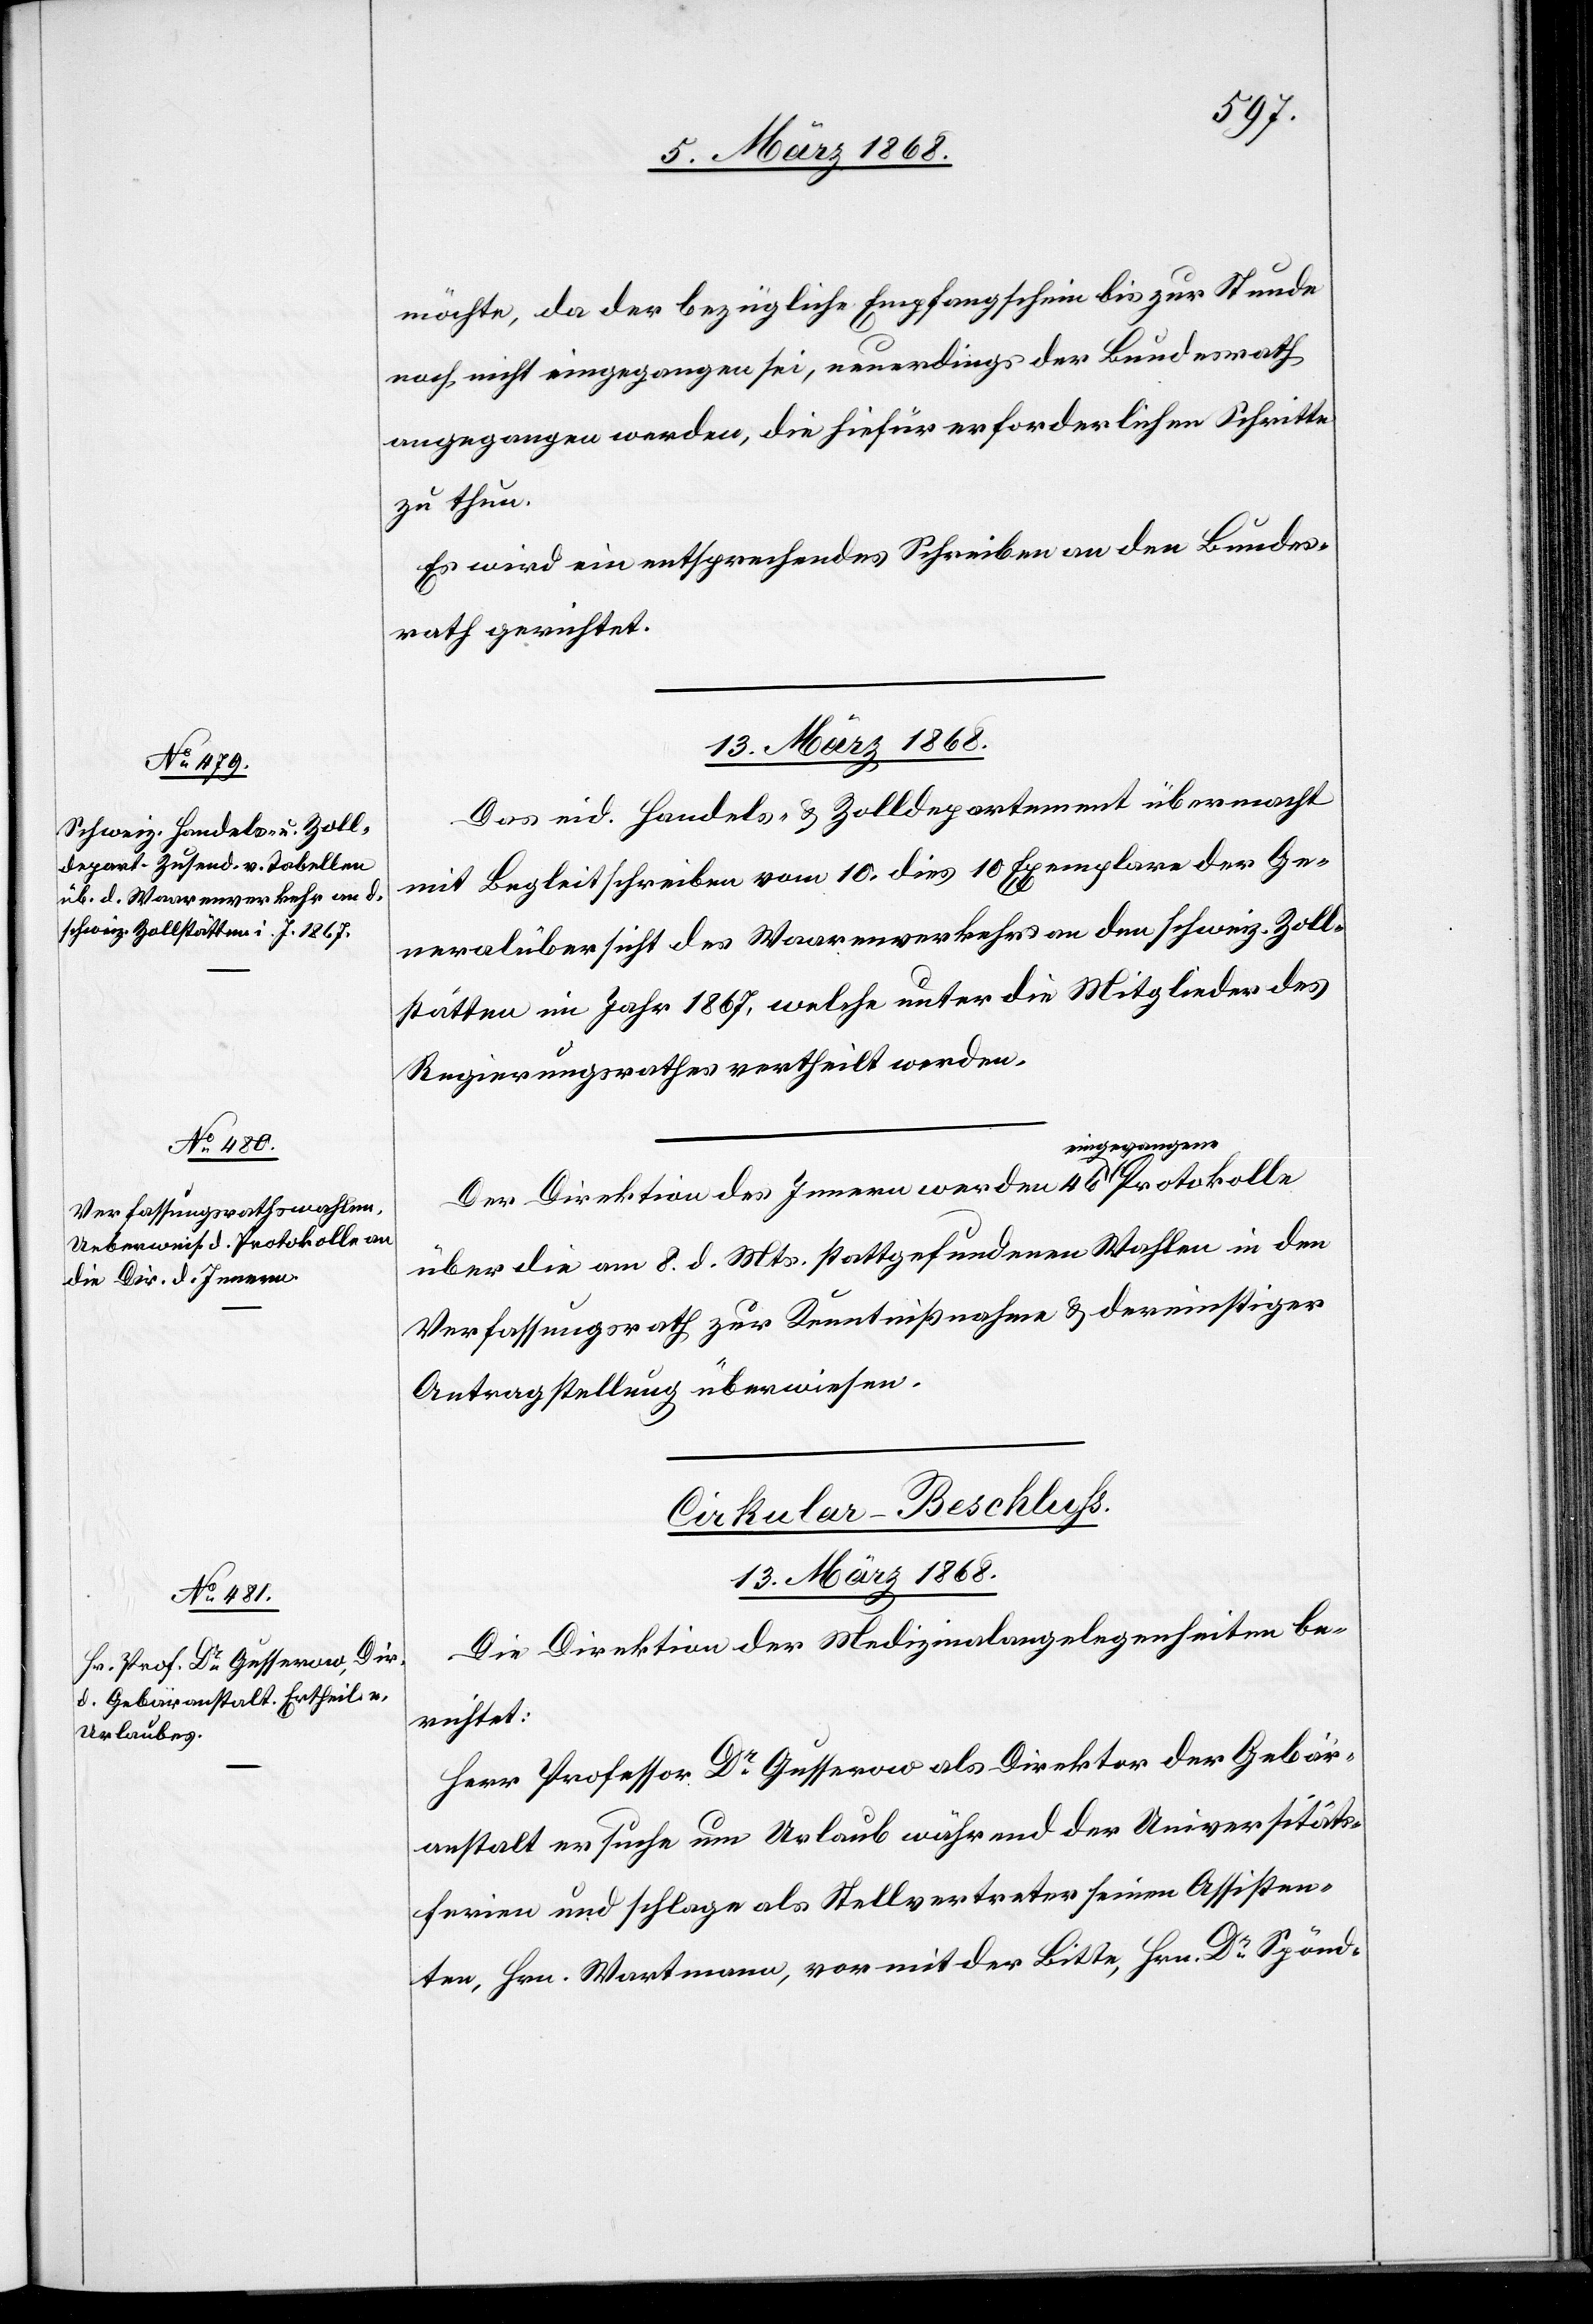
möchte, da der bezügliche Empfangschein bis zur Stunde
noch nicht eingegangen sei, neuerdings der Bundesrath
angegangen werden, die hiefür erforderlichen Schritte
zu thun.
Es wird ein entsprechendes Schreiben an den Bundes¬
rath gerichtet.
13. März 1868.
Das eid. Handels- & Zolldepartement übermacht
mit Begleitschreiben vom 10. dies 10 Exemplare der Ge¬
neralübersicht des Waarenverkehrs an den schweiz. Zoll¬
stätten im Jahr 1867, welche unter die Mitglieder des
Regierungsrathes vertheilt werden.
Der Direktion des Innern werden 46 eingegangene
über die am 8. d. Mts. stattgefundenen Wahlen in den
Verfassungsrath zur Kenntnißnahme & dereinstiger
Antragstellung überwiesen.
Cirkular-Beschluss.
13. März 1868.
Die Direktion der Medizinalangelegenheiten be¬
richtet:
Herr Professor Dr. Gusserow als Direktor der Gebär¬
anstalt ersuche um Urlaub während der Universitäts¬
ferien und schlage als Stellvertreter seinen Assisten¬
ten, Hrn. Wartmann, vor mit der Bitte, Hrn. Dr. Spönd-